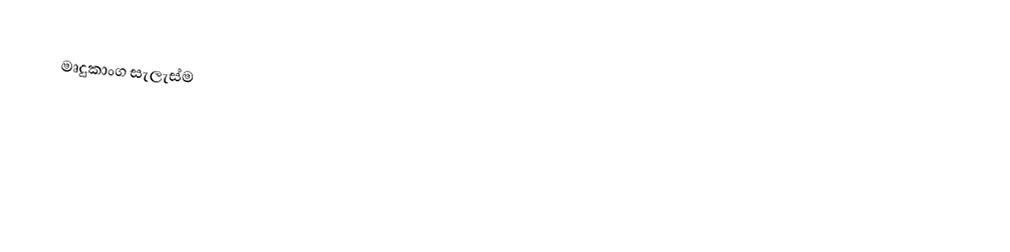
මෘදුකාංග සැලැස්ම